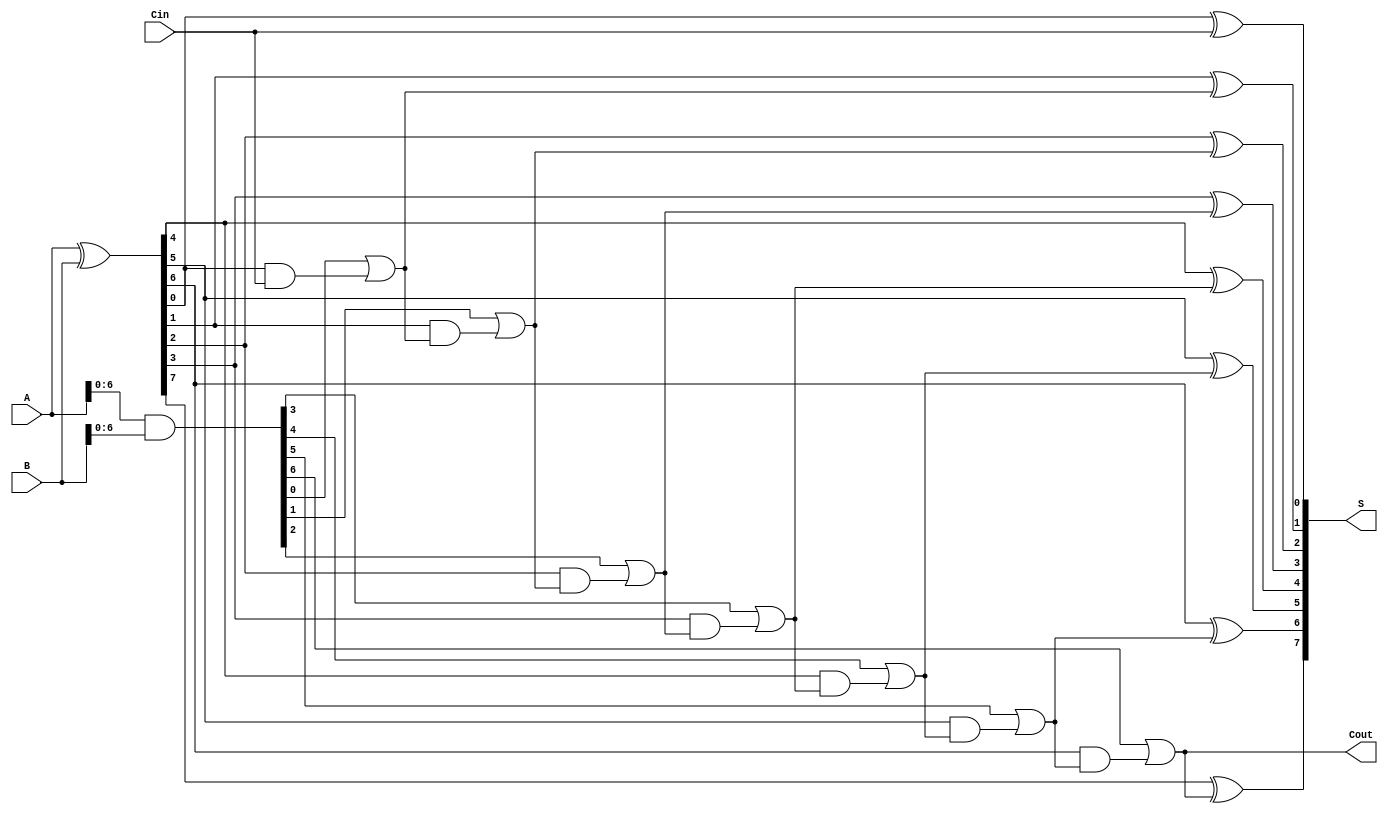
module CSPA #(parameter N = 8) (
    input  [N-1:0] A,      // First n-bit input
    input  [N-1:0] B,      // Second n-bit input
    input         Cin,      // Carry-in
    output [N-1:0] S,      // n-bit sum output
    output        Cout      // Carry-out
);

    // Internal signals
    wire [N-1:0] P;        // Propagate signals
    wire [N-1:0] G;        // Generate signals
    wire [N:0] C;          // Carry signals

    // Generate and propagate signals
    assign P = A ^ B;      // Propagate: P[i] = A[i] XOR B[i]
    assign G = A & B;      // Generate: G[i] = A[i] AND B[i]

    // Carry generation using prefix tree
    genvar i;
    generate
        for (i = 0; i < N; i = i + 1) begin : carry_gen
            if (i == 0) begin
                assign C[i] = Cin; // First carry is Cin
            end else begin
                assign C[i] = G[i-1] | (P[i-1] & C[i-1]); // Carry generation
            end
        end
    endgenerate

    // Sum calculation
    generate
        for (i = 0; i < N; i = i + 1) begin : sum_calc
            assign S[i] = P[i] ^ C[i]; // Sum: S[i] = P[i] XOR C[i]
        end
    endgenerate

    // Final carry-out
    assign Cout = C[N-1]; // Last carry-out

endmodule